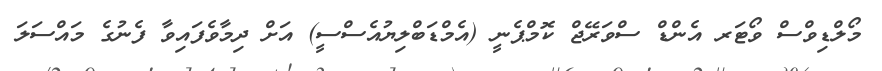
މޯލްޑިވްސް ވޯޓަރ އެންޑް ސްވަރޭޖް ކޮމްޕެނީ (އެމްޑަބްލިޔުއެސްސީ) އަށް ދިމާވެފައިވާ ފެނުގެ މައްސަލަ